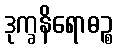
ဒုက္ခနိရောဓဉ္စ